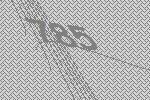
785